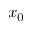
x _ { 0 }